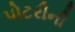
પોટરીની